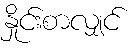
နှိုင်းစာလျှင်